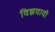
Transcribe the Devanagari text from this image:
विझवावी